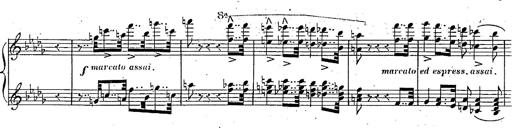
Title: Marche et Cavatine de Lucie de Lammermoor, S.398
Composer: Franz Liszt